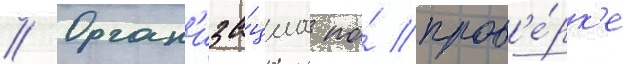
// Орган'иза́циа по́ пров'е́рк'е